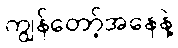
ကျွန်တော့်အနေနဲ့